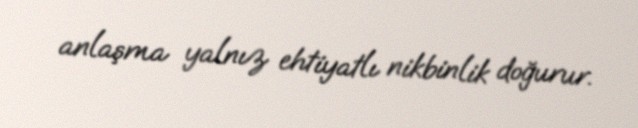
anlaşma yalnız ehtiyatlı nikbinlik doğurur.